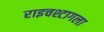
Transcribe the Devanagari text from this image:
राइचश्टागला